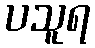
ပသူရ